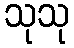
သုသု